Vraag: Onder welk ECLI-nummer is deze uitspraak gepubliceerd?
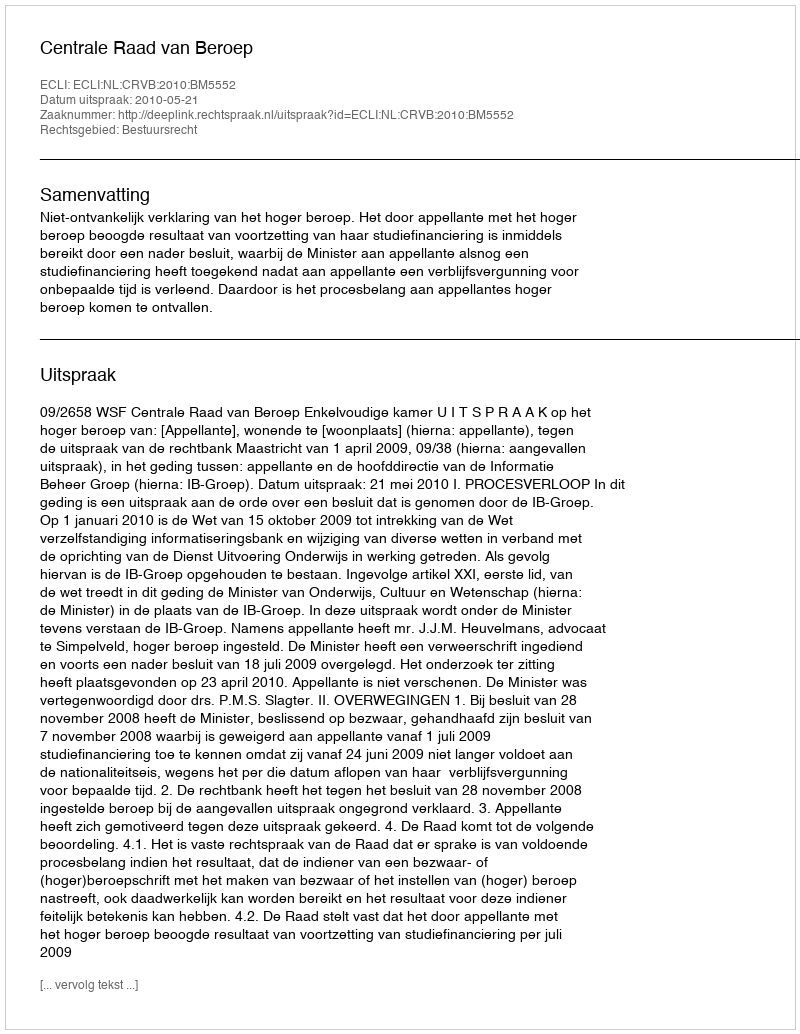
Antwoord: ECLI:NL:CRVB:2010:BM5552